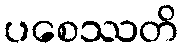
ပစေဿတိ